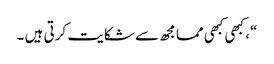
“، کبھی کبھی مما مجھ سے شکایت کرتی ہیں ۔